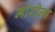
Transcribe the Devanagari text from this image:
मोरीना